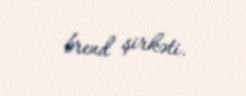
brend şirkəti.